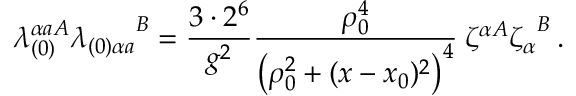
\lambda _ { ( 0 ) } ^ { \alpha a A } { \lambda _ { ( 0 ) \alpha a } } ^ { B } = \frac { 3 \cdot 2 ^ { 6 } } { g ^ { 2 } } \frac { \rho _ { 0 } ^ { 4 } } { \left( \rho _ { 0 } ^ { 2 } + ( x - x _ { 0 } ) ^ { 2 } \right) ^ { 4 } } \: \zeta ^ { \alpha A } { \zeta _ { \alpha } } ^ { B } \, .